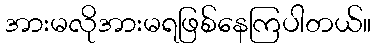
အားမလိုအားမရဖြစ်နေကြပါတယ်။